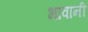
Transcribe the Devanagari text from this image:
भावानी